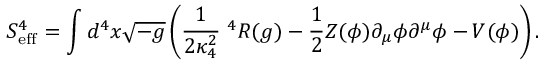
S _ { \mathrm { e f f } } ^ { 4 } = \int d ^ { 4 } x \sqrt { - g } \left( \frac { 1 } { 2 \kappa _ { 4 } ^ { 2 } } \; ^ { 4 } { \cal R } ( g ) - \frac { 1 } { 2 } Z ( \phi ) \partial _ { \mu } \phi \partial ^ { \mu } \phi - V ( \phi ) \right) .